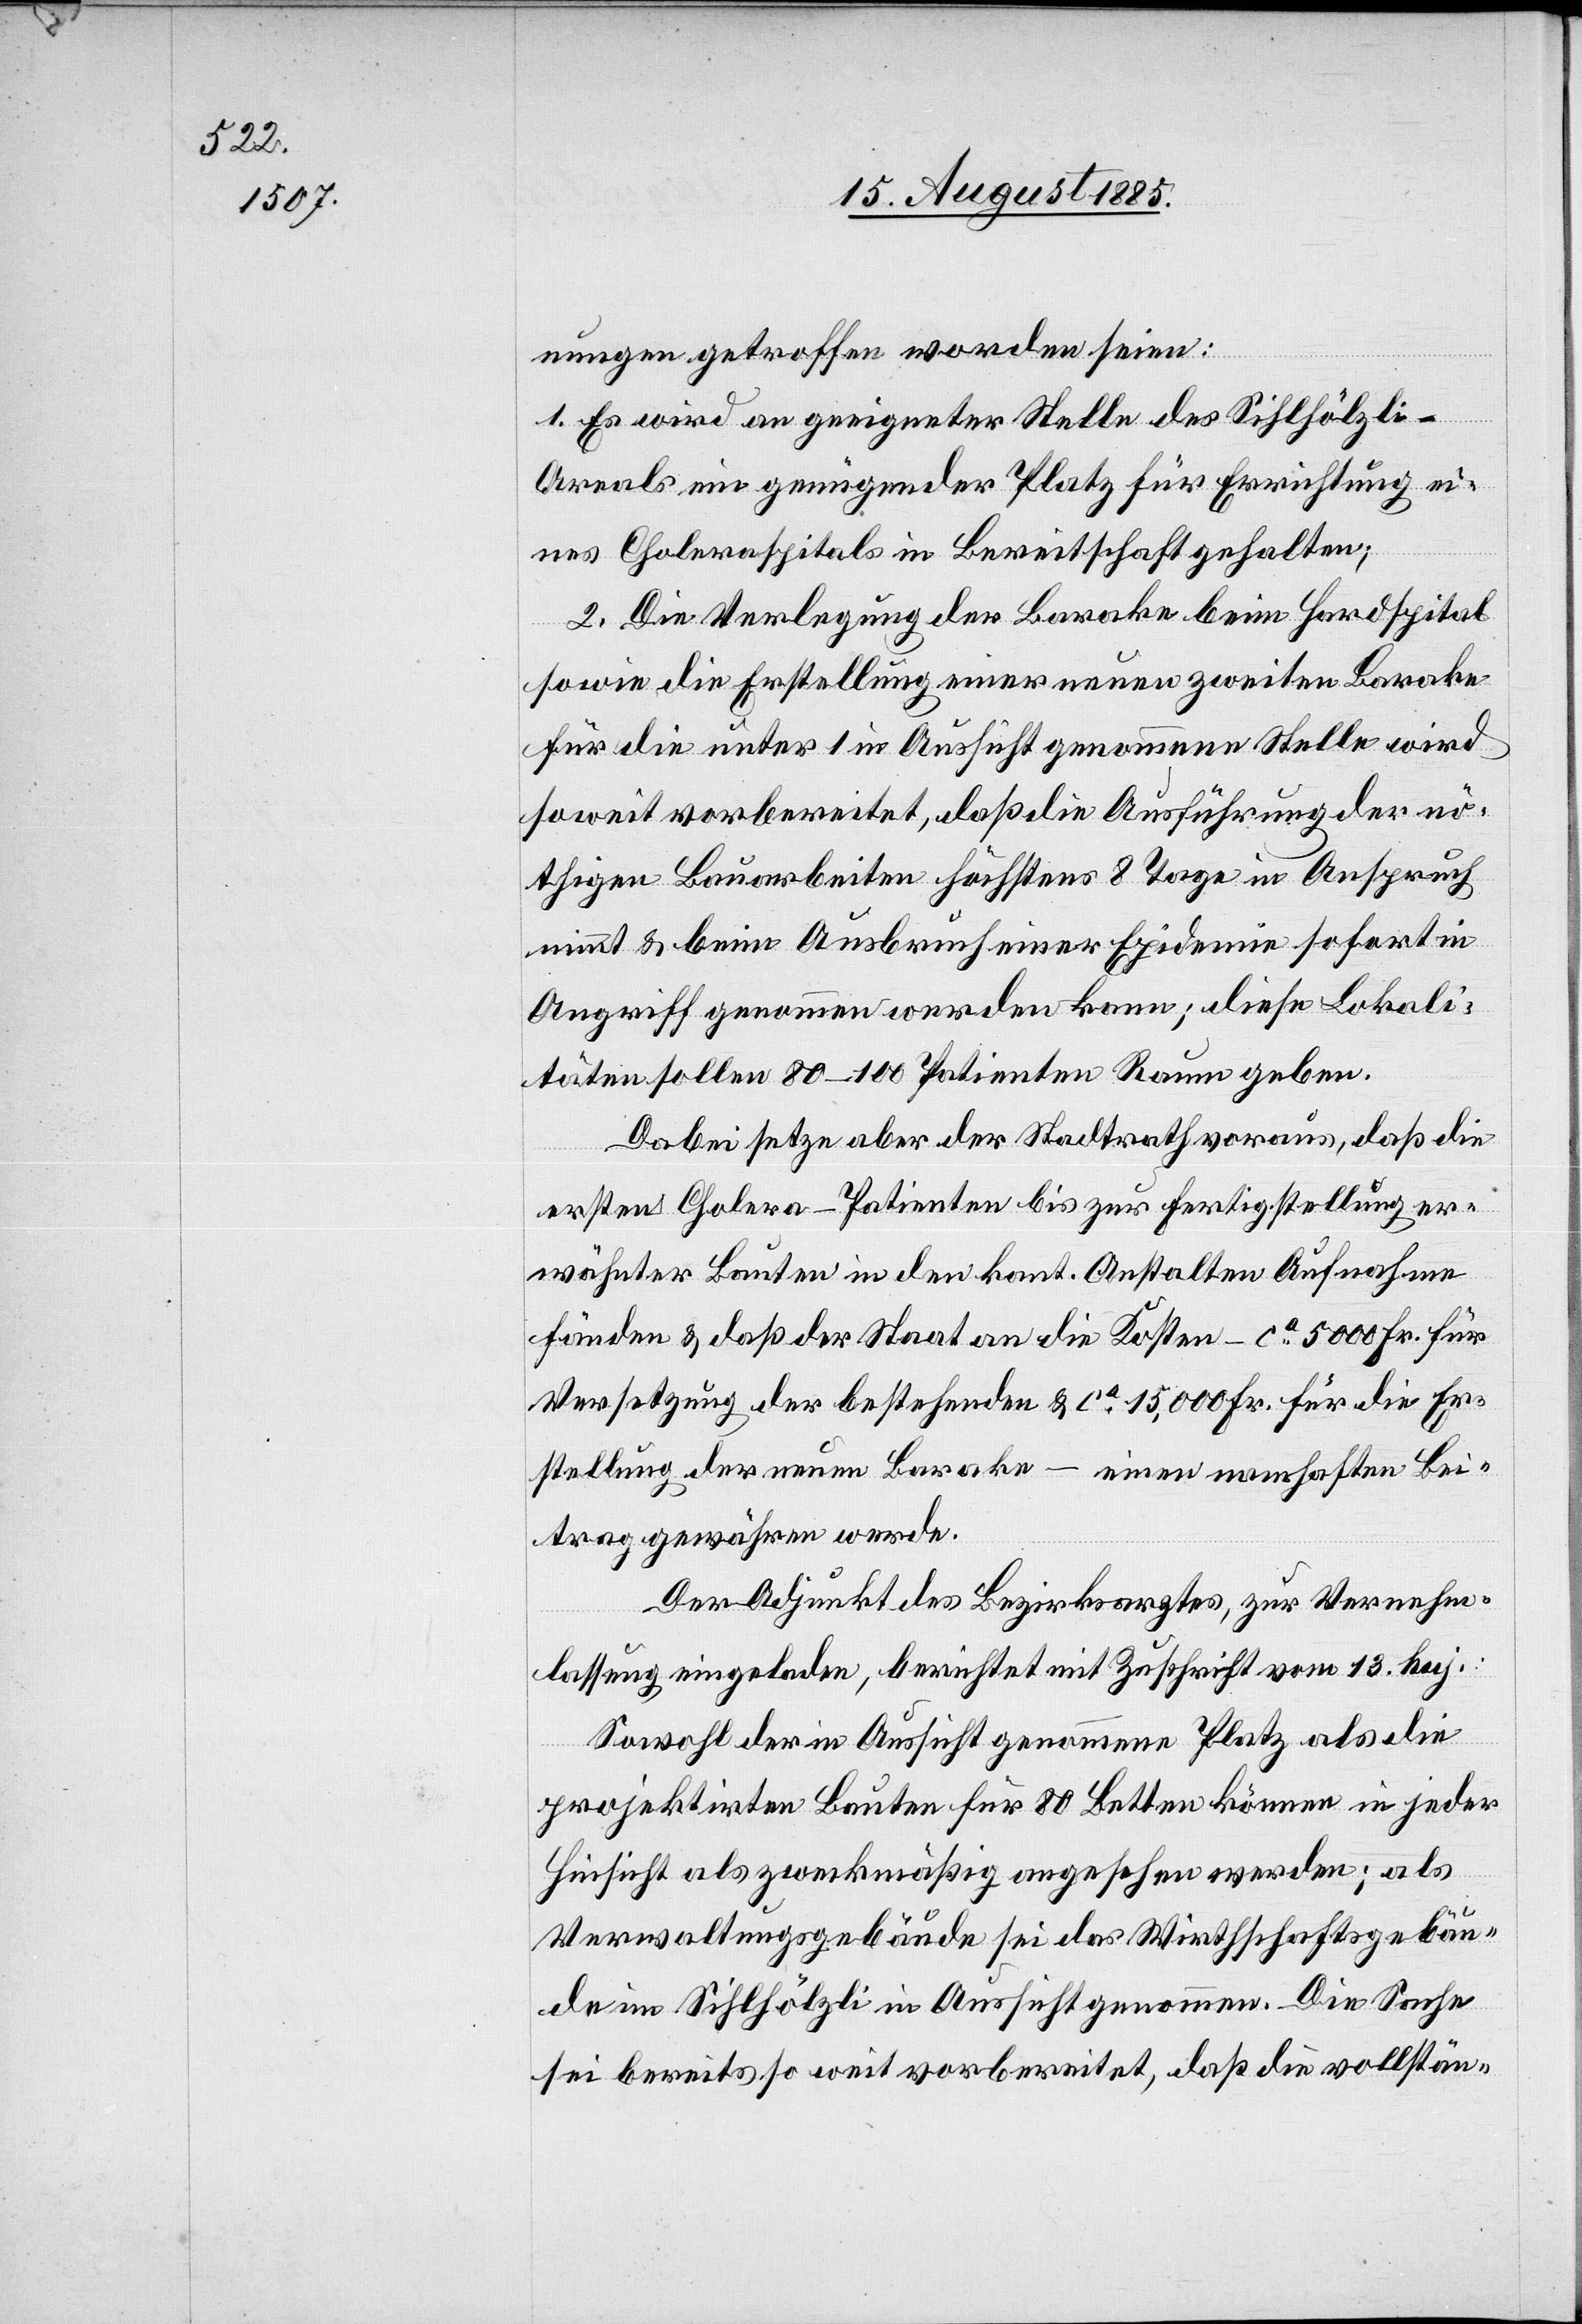
1. Es wird an geeigneter Stelle des Sihlhölzli-A¬
reals eine genügender Platz für Errichtung ei¬
nes Choleraspitals in Bereitschaft gehalten;
2. Die Verlegung der Barake beim Hardspital
sowie die Erstellung einer neuen zweiten Barake
für die unter 1 in Aussicht genommene Stelle wird
soweit vorbereitet, daß die Ausführung der nö¬
tigen Bauarbeiten höchstens 8 Tage in Anspruch
nimmt & beim Ausbruch einer Epidemie sofort in
Angriff genommen werden kann; diese Lokali¬
täten sollen 80–100 Patienten Raum geben.
Dabei setze aber der Stadtrath voraus, daß die
ersten Cholera-Patienten bis zur Fertigstellung er¬
wähnter Bauten in den kant. Anstalten Aufnahme
fänden & daß der Staat an die Kosten – ca 5000 Fr. für
Versetzung der bestehenden & ca 15,000 Fr. für die Er¬
stellung der neuen Barake – einen namhaften Bei¬
trag gewähren werde.
Der Adjunkt des Bezirksarztes, zur Vernehm¬
lassung eingeladen, berichtet mit Zuschrift vom 13. huj:
Sowohl der in Aussicht genommene Platz als die
projektirten Bauten für 80 Betten können in jeder
Hinsicht als zweckmäßig angesehen werden; als
Veraltungsgebäude sei das Wirthschaftsgebäu¬
de im Sihlhölzli in Aussicht genommen. Die Sache
sei bereits so weit vorbereitet, daß die vollstän-